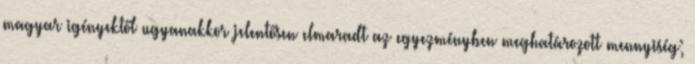
magyar igényektől ugyanakkor jelentősen elmaradt az egyezményben meghatározott mennyiség;